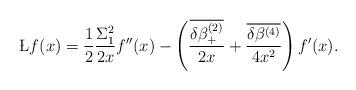
LaTeX: \begin{align*}\L f(x)=\frac12\frac{\Sigma_1^2}{2x}f''(x)-\left(\dfrac{\overline{\delta\beta^{(2)}_+}}{2x}+\dfrac{\overline{\delta\beta^{(4)}}}{4x^2}\right)f'(x).\end{align*}